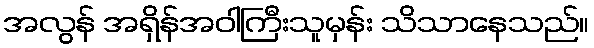
အလွန် အရှိန်အဝါကြီးသူမှန်း သိသာနေသည်။